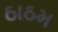
ઠાઠમ